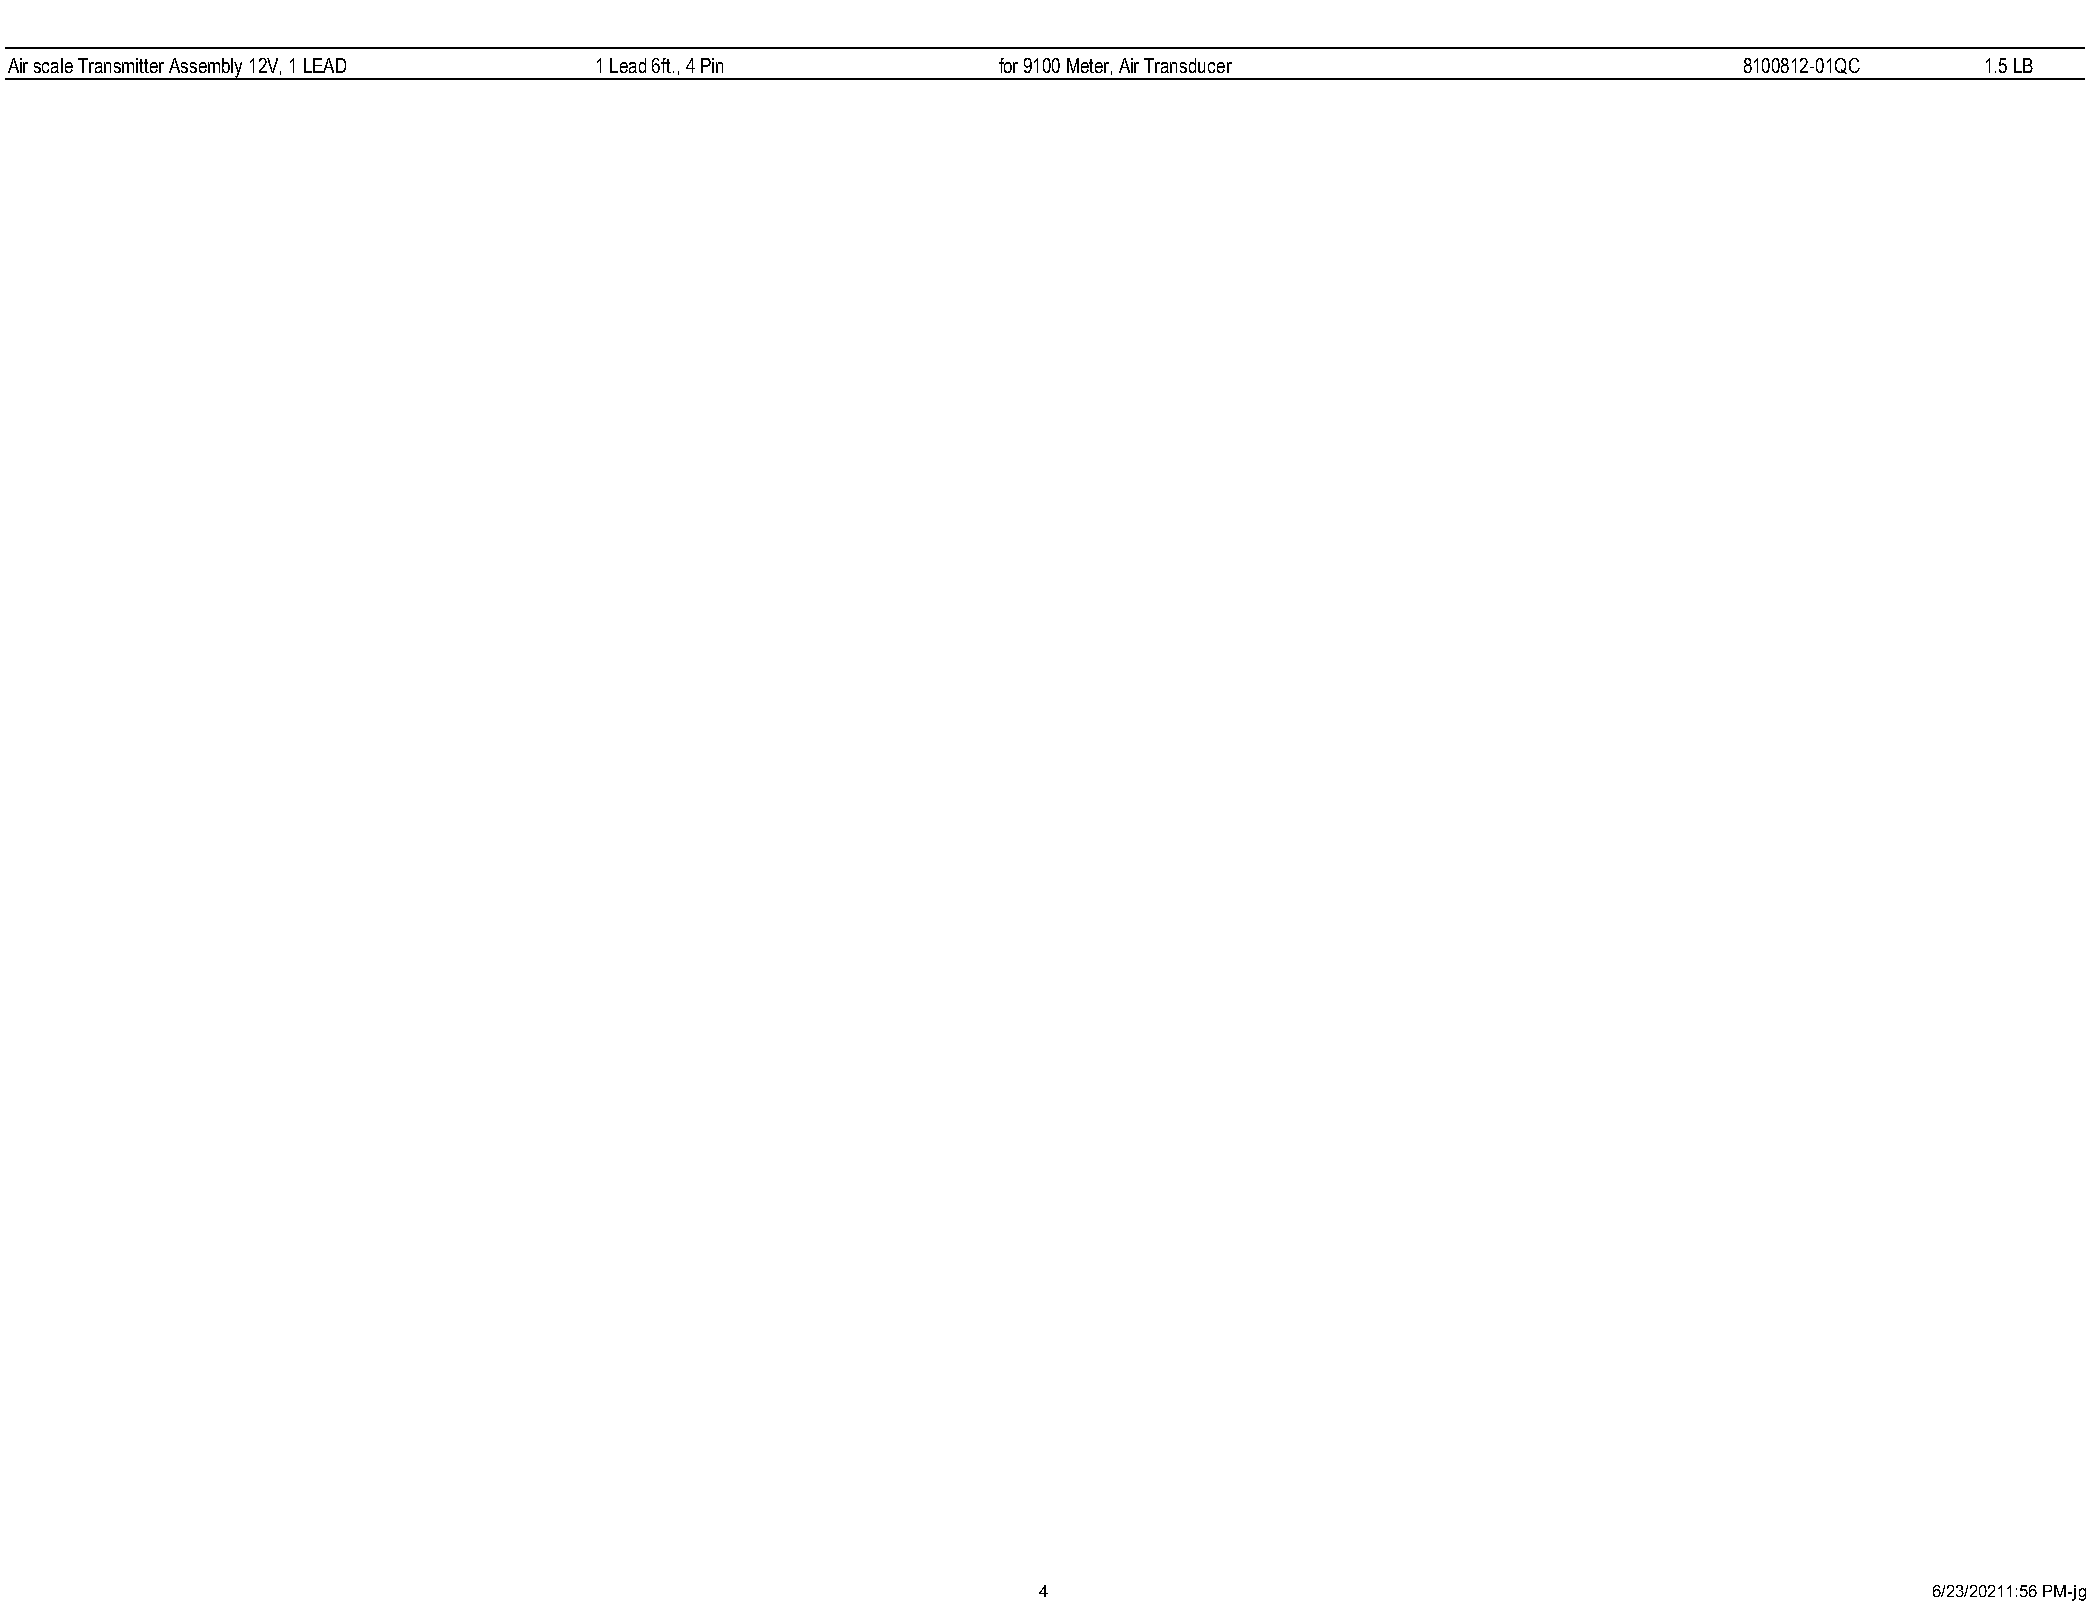
Air scale Transmitter Assembly 12V, 1 LEAD 1 Lead 6ft., 4 Pin    for 9100 Meter, Air Transducer                   8100812-01QC    1.5 LB
 4                                                          6/23/20211:56 PM-jg